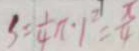
S = \frac { 1 } { 4 } \pi \cdot 1 ^ { 2 } = \frac { \pi } { 4 }